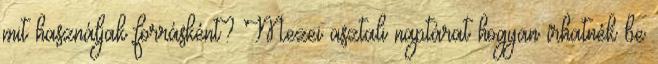
mit használjak forrásként? Mezei asztali naptárat hogyan írhatnék be